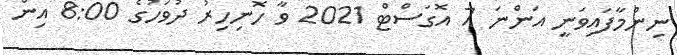
ނިންމާފައިވަނީ އަންނަ 7 އޮގަސްޓް 2021 ވާ ހޮނިހިރު ދުވަހުގެ 8:00 އިން